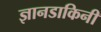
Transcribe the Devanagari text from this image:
ज्ञानडाकिनी